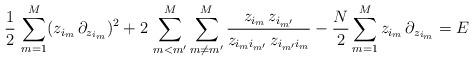
LaTeX: \begin{align*}\frac{1}{2} \, \sum_{m=1}^M (z_{i_m}\, \partial_{z_{i_m}})^2 + 2 \, \sum_{m < m'}^M \sum_{m\neq m'}^M \frac{z_{i_m} \, z_{i_{m'}}}{z_{i_m i_{m'}} \, z_{i_{m'}i_m }} - \frac{N}{2} \sum_{m=1}^M z_{i_m}\, \partial_{z_{i_m}} = E\end{align*}